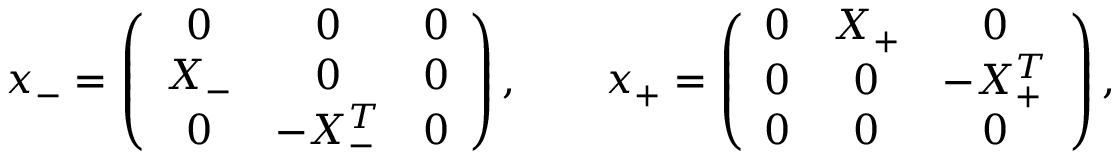
x _ { - } = \left( \begin{array} { c c c } { { 0 } } & { { 0 } } & { { 0 } } \\ { { X _ { - } } } & { { 0 } } & { { 0 } } \\ { { 0 } } & { { - X _ { - } ^ { T } } } & { { 0 } } \end{array} \right) , \qquad x _ { + } = \left( \begin{array} { c c c } { { 0 } } & { { X _ { + } } } & { { 0 } } \\ { { 0 } } & { { 0 } } & { { - X _ { + } ^ { T } } } \\ { { 0 } } & { { 0 } } & { { 0 } } \end{array} \right) ,